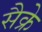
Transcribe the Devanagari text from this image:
सैक्रे